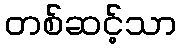
တစ်ဆင့်သာ